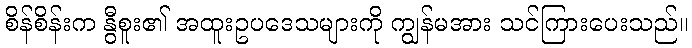
စိန်စိန်းက နွီစူး၏ အထူးဥပဒေသများကို ကျွန်မအား သင်ကြားပေးသည်။